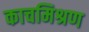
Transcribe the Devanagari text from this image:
काचमिश्रण